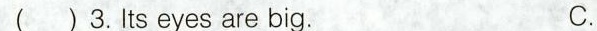
( )3.Lts eyes are big. C.